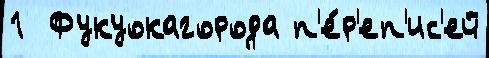
1  Фукуокагорода п'е́р'еп'ис'ей